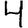
Digit: 4